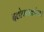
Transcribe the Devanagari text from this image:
दत्तोपासकांच्या